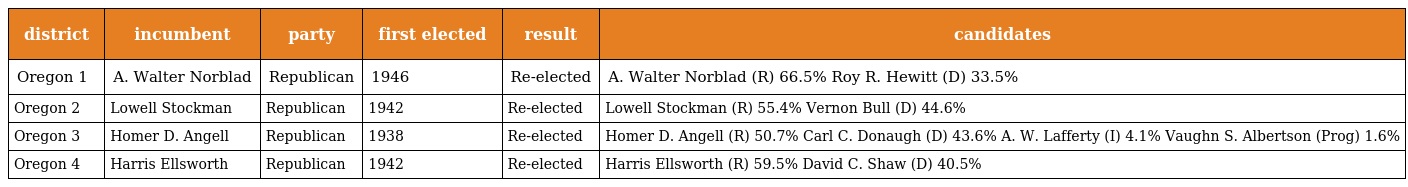
| district | incumbent | party | first elected | result | candidates |
 | --- | --- | --- | --- | --- | --- |
 | Oregon 1 | A. Walter Norblad | Republican | 1946 | Re-elected | A. Walter Norblad (R) 66.5% Roy R. Hewitt (D) 33.5% |
 | Oregon 2 | Lowell Stockman | Republican | 1942 | Re-elected | Lowell Stockman (R) 55.4% Vernon Bull (D) 44.6% |
 | Oregon 3 | Homer D. Angell | Republican | 1938 | Re-elected | Homer D. Angell (R) 50.7% Carl C. Donaugh (D) 43.6% A. W. Lafferty (I) 4.1% Vaughn S. Albertson (Prog) 1.6% |
 | Oregon 4 | Harris Ellsworth | Republican | 1942 | Re-elected | Harris Ellsworth (R) 59.5% David C. Shaw (D) 40.5% |